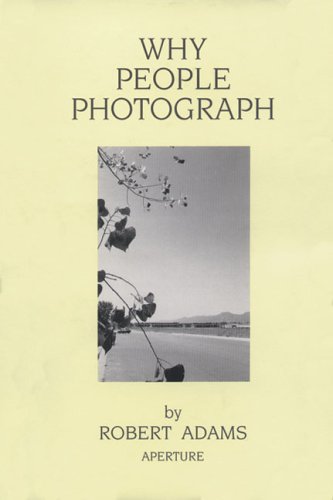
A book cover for Robert Adams: Why People Photograph: Selected Essays and Reviews; Arts & Photography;